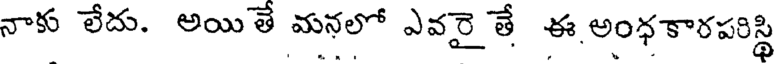
నాకు లేదు. అయితే మనలో ఎవరై తే ఈ అంధకారపరిస్థి